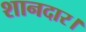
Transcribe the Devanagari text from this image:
शानदार।